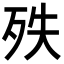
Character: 𣧞